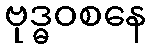
ဗုဒ္ဓဝစနေ